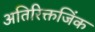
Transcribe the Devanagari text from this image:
अतिरिक्तजिंक